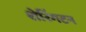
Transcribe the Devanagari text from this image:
शेरिंगटन